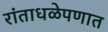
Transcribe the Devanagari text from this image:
रांताधळेपणात